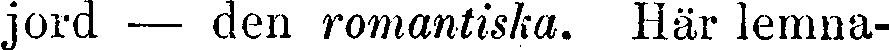
jord — den romantiska. Här lemna-